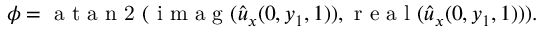
\phi = \mathrm { ~ a ~ t ~ a ~ n ~ 2 ~ } ( \mathrm { ~ i ~ m ~ a ~ g ~ } ( \hat { u } _ { x } ( 0 , y _ { 1 } , 1 ) ) , \mathrm { ~ r ~ e ~ a ~ l ~ } ( \hat { u } _ { x } ( 0 , y _ { 1 } , 1 ) ) ) .